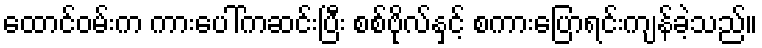
ထောင်ဝမ်းက ကားပေါ်ကဆင်းပြီး စစ်ဗိုလ်နှင့် စကားပြောရင်းကျန်ခဲ့သည်။